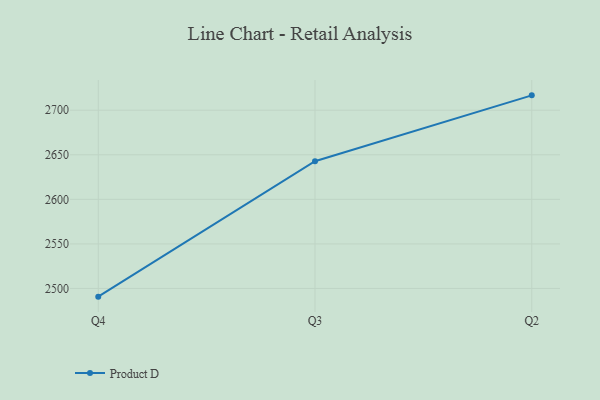
{"axis": {"x": "Quarter", "y": "Population (Million)"}, "legend": ["Product D"], "data": [{"x": "Q4", "y": 2490.8, "type": "Product D"}, {"x": "Q3", "y": 2642.8, "type": "Product D"}, {"x": "Q2", "y": 2716.7, "type": "Product D"}]}